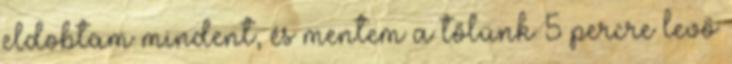
eldobtam mindent, és mentem a tőlünk 5 percre levő